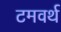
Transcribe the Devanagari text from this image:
टमवर्थ